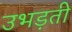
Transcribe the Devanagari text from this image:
उभड़ती